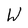
Character: W